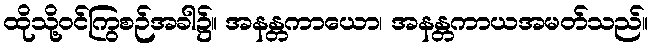
ထိုသို့ဝင်ကြွစဉ်အခါ၌။ အနန္တကာယော၊ အနန္တကာယအမတ်သည်။